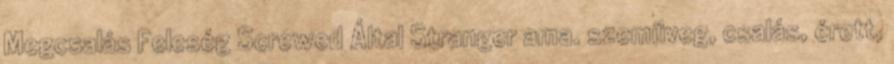
Megcsalás Feleség Screwed Által Stranger ama. szemüveg, csalás, érett,